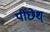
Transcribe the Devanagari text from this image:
पीछेश्